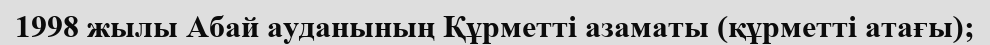
1998 жылы Абай ауданының Құрметті азаматы (құрметті атағы);